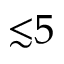
{ \lesssim } 5